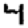
Digit: 4